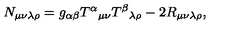
N _ { \mu \nu \lambda \rho } = g _ { \alpha \beta } { T ^ { \alpha } } _ { \mu \nu } { T ^ { \beta } } _ { \lambda \rho } - 2 R _ { \mu \nu \lambda \rho } ,